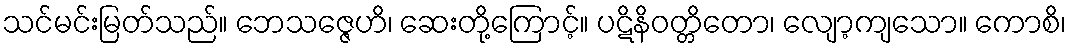
သင်မင်းမြတ်သည်။ ဘေသဇ္ဇေဟိ၊ ဆေးတို့ကြောင့်။ ပဋိနိဝတ္တိတော၊ လျော့ကျသော။ ကောစိ၊